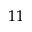
1 1